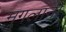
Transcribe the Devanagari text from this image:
मुगलानी